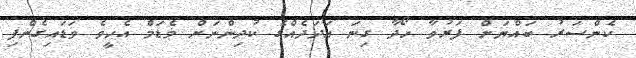
ކެންސަރު ބައްޔަށް ފަރުވާ ހޯދާ ގިނަ އަދަދެއްގެ ކުދިންނަށް މެޑަމް އެހީވެ ވަޑައިގެންފި